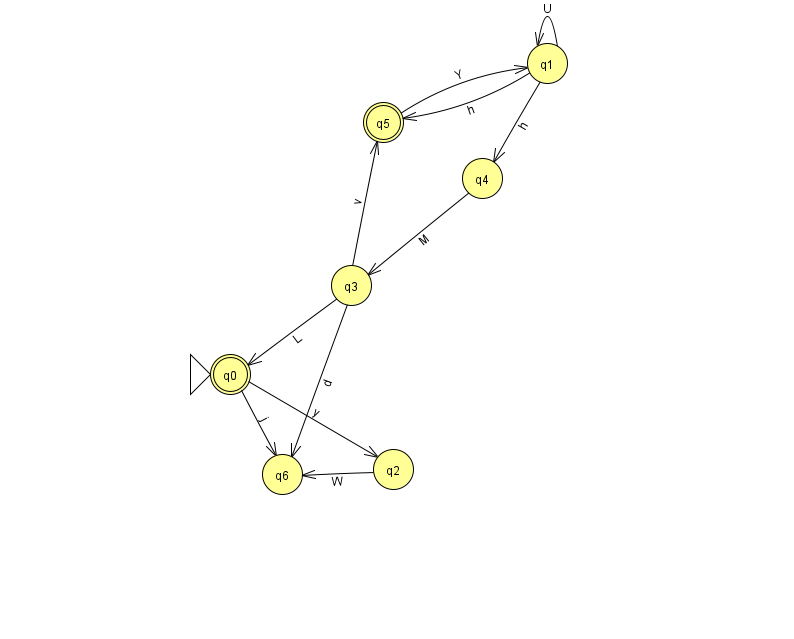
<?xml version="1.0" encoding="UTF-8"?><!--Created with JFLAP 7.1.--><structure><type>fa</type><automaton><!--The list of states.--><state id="0" name="q0"><x>230.0</x><y>361.0</y><initial/><final/></state><state id="1" name="q1"><x>547.0</x><y>50.0</y></state><state id="2" name="q2"><x>393.0</x><y>456.0</y></state><state id="3" name="q3"><x>351.0</x><y>272.0</y></state><state id="4" name="q4"><x>482.0</x><y>165.0</y></state><state id="5" name="q5"><x>383.0</x><y>109.0</y><final/></state><state id="6" name="q6"><x>282.0</x><y>461.0</y></state><!--The list of transitions.--><transition><from>1</from><to>5</to><read>h</read></transition><transition><from>5</from><to>1</to><read>Y</read></transition><transition><from>0</from><to>2</to><read>y</read></transition><transition><from>2</from><to>6</to><read>W</read></transition><transition><from>0</from><to>6</to><read>j</read></transition><transition><from>1</from><to>1</to><read>U</read></transition><transition><from>1</from><to>4</to><read>h</read></transition><transition><from>3</from><to>5</to><read>v</read></transition><transition><from>3</from><to>0</to><read>L</read></transition><transition><from>4</from><to>3</to><read>M</read></transition><transition><from>3</from><to>6</to><read>d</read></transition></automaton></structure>